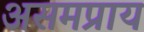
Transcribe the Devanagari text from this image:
असमप्राय